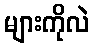
များကိုလဲ